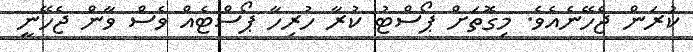
ކުރަން ޖެހޭނެއެވެ. މިގޮތަށް ޕޯސްޓު ކުރާ ހުރިހާ ޕޯސްޓެއް ވެސް ވާން ޖެހޭނީ